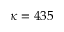
\kappa = 4 3 5